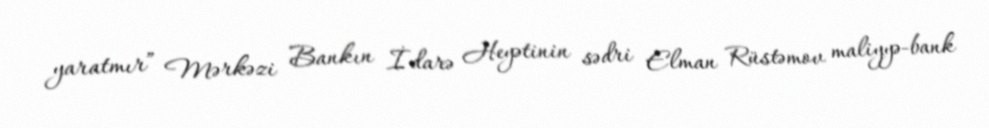
yaratmır” Mərkəzi Bankın İdarə Heyətinin sədri Elman Rüstəmov maliyyə-bank